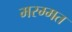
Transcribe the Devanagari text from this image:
मरम्मत